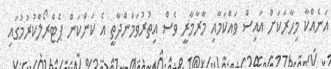
އަނެއްކާ މިހާރަކަށް އައިސް ވައްކަމާއި މާރާމާރީ ވެސް އިތުރުވަމުންދާތީ އެ ކަންކަން ޕެޓްރޯލްކުރުމުގައި